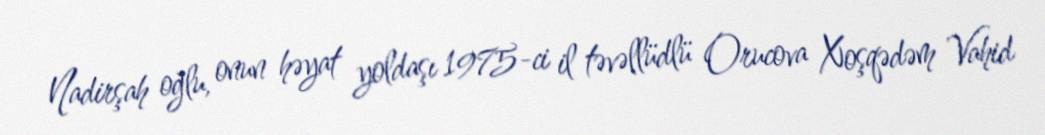
Nadirşah oğlu, onun həyat yoldaşı 1975-ci il təvəllüdlü Orucova Xoşqədəm Vahid